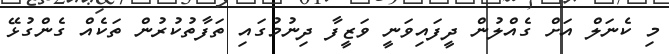
މި ކެނަލް އަށް ގެއްލުން ދީފައިވަނީ ވަޒީފާ ދިނުމުގައި ތަފާތުކުރުން ތަކެއް ގެންގުޅޭ